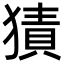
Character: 㺓